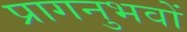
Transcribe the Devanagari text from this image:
प्रागनुभवों